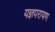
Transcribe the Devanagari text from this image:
यज्ञपरायण